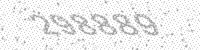
Solution: 298889